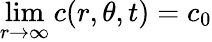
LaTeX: \operatorname*{lim}_{r\to\infty}c(r,\theta,t)=c_{0}